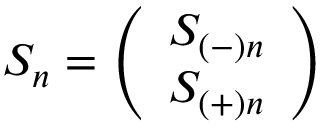
S _ { n } = \left( \begin{array} { c } { { S _ { ( - ) n } } } \\ { { S _ { ( + ) n } } } \end{array} \right)